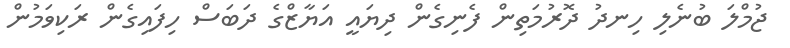
ޖުމްލަ ބުނެލި ހިނދު ދޮރުމަތިން ފެނިގެން ދިޔައީ އަޔާޒްގެ ދަބަސް ހިފައިގެން ރަކިވަމުން